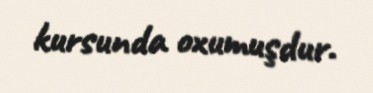
kursunda oxumuşdur.